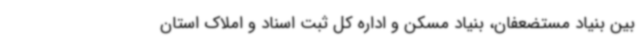
بین بنیاد مستضعفان، بنیاد مسکن و اداره کل ثبت اسناد و املاک استان